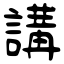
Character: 講